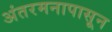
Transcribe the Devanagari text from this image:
अंतरमनापासून